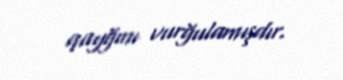
qayğını vurğulamışdır.